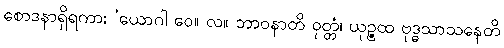
စောဒနာရှိရကား ‘ယောဂါ ဝေ။ လ။ ဘာဝနာတိ ဝုတ္တံ၊ ယုဉ္ဇထ ဗုဒ္ဓသာသနေတိ